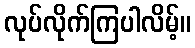
လုပ်လိုက်ကြပါလိမ့်။